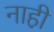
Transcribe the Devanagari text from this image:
नाही़